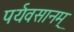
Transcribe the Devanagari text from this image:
पर्यवसानम्